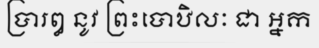
ប្រារឰ នូវ ព្រះបោឋិលៈ ជា ឣ្នក